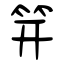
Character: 笄